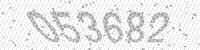
Solution: 053682